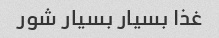
غذا بسیار بسیار شور